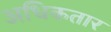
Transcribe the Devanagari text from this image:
अधिकतार